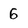
Character: 6